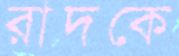
রাদকে